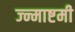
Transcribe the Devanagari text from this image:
ज्न्माष्टमी